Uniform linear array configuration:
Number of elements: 12
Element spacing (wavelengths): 1
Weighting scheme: hann
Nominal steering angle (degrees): -45
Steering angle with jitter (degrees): -44.275
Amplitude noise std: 0.05
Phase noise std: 0.05

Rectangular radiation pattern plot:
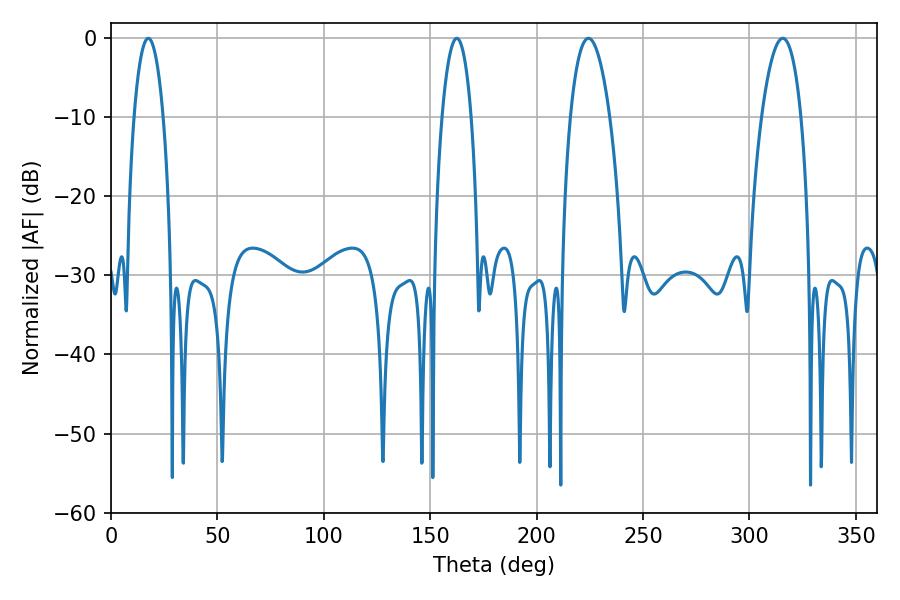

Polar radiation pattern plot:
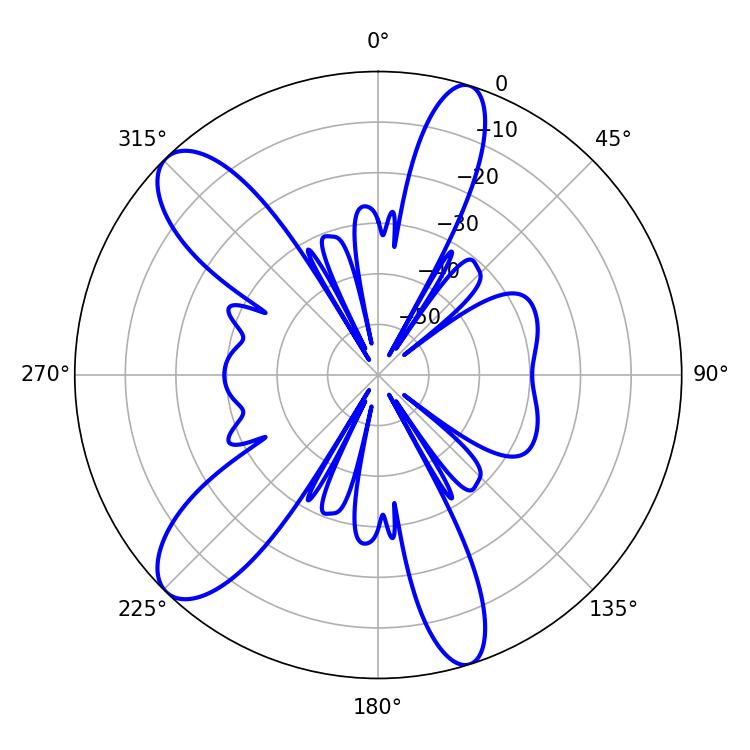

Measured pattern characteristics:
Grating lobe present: TRUE
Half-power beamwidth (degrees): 10.26
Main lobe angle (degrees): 224.28